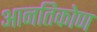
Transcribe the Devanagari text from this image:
आनतिकोण